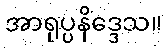
အာရုပ္ပနိဒ္ဒေသ။